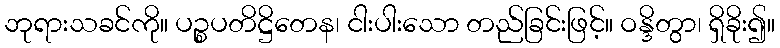
ဘုရားသခင်ကို။ ပဉ္စပတိဋ္ဌိတေန၊ ငါးပါးသော တည်ခြင်းဖြင့်။ ဝန္ဒိတွာ၊ ရှိခိုး၍။